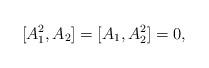
LaTeX: \begin{align*}[A_1^2,A_2] = [A_1,A_2^2] = 0,\end{align*}